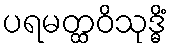
ပရမတ္ထဝိသုဒ္ဓိံ